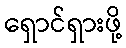
ရှောင်ရှားဖို့